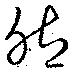
然